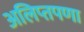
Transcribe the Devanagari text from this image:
अलिप्तपणा